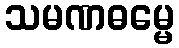
သမဏဓမ္မေ